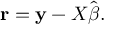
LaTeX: \mathbf { r } = \mathbf { y } - X { \hat { \boldsymbol { \beta } } } .